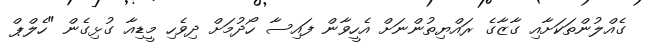
ގެއްލުންތަކަށާއި ގާޒާގެ ރައްޔިތުންނަށް އެހީވާން ފައިސާ ހޯދުމަށް ދިވެހި މީޑިއާ ގުޅިގެން "ހެލްޕް